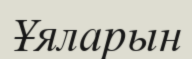
Ұяларын